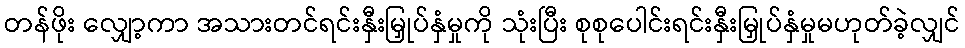
တန်ဖိုး လျှော့ကာ အသားတင်ရင်းနှီးမြှုပ်နှံမှုကို သုံးပြီး စုစုပေါင်းရင်းနှီးမြှုပ်နှံမှုမဟုတ်ခဲ့လျှင်